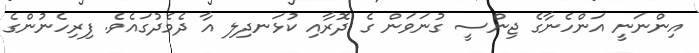
އިންނަނީ އަންހެނާގެ ޖިންސީ ގުނަވަން ގެ ދޮރާއި ކުޅަނދިލި އާ ދެމެދުގައެވެ. ފިރިހެނުންގެ